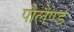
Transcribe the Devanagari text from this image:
पौलैण्ड